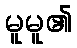
မူမူ၏